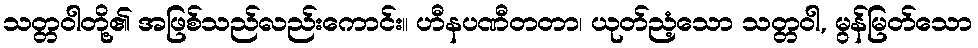
သတ္တဝါတို့၏ အဖြစ်သည်လည်းကောင်း။ ဟီနပဏီတတာ၊ ယုတ်ညံ့သော သတ္တဝါ, မွန်မြတ်သော